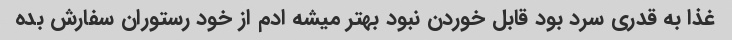
غذا به قدری سرد بود قابل خوردن نبود بهتر میشه ادم از خود رستوران سفارش بده